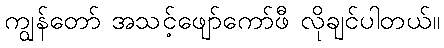
ကျွန်တော် အသင့်ဖျော်ကော်ဖီ လိုချင်ပါတယ်။